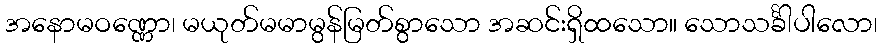
အနောမဝဏ္ဏော၊ မယုတ်မမာမွန်မြတ်စွာသော အဆင်းရှိထသော။ သောသင်္ခါပါလော၊